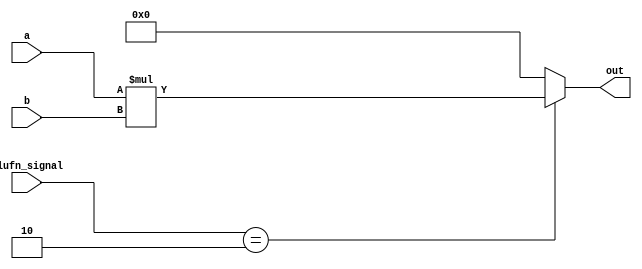
module multiplier_21 (
    input [15:0] a,
    input [15:0] b,
    input [5:0] alufn_signal,
    output reg [15:0] out
  );
  
  
  
  always @* begin
    
    case (alufn_signal)
      6'h02: begin
        out = a * b;
      end
      default: begin
        out = 16'h0000;
      end
    endcase
  end
endmodule